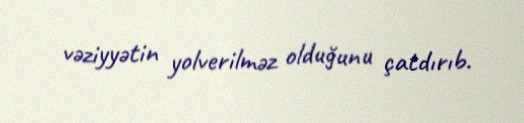
vəziyyətin yolverilməz olduğunu çatdırıb.